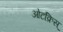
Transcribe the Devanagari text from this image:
ओटक्रिस्